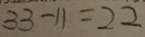
3 3 - 1 1 = 2 2